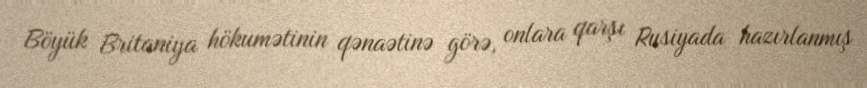
Böyük Britaniya hökumətinin qənaətinə görə, onlara qarşı Rusiyada hazırlanmış